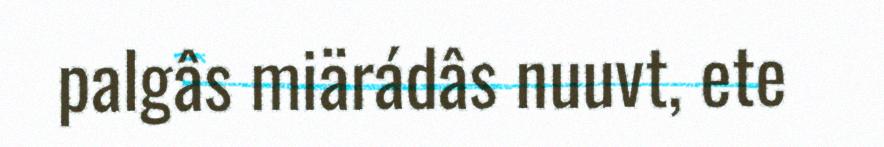
palgâs miärádâs nuuvt, ete